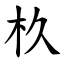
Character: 杦